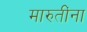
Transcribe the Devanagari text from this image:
मारुतींना